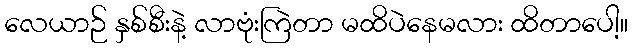
လေယာဉ် နှစ်စီးနဲ့ လာဗုံးကြဲတာ မထိပဲနေမလား ထိတာပေါ့။